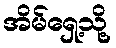
အိမ်ရှေ့သို့